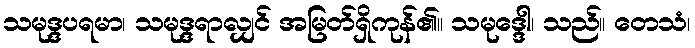
သမုဒ္ဒပရမာ၊ သမုဒ္ဒရာလျှင် အမြတ်ရှိကုန်၏။ သမုဒ္ဒေါ၊ သည်။ တေသံ၊